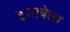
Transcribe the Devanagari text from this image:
इजाबेला